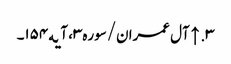
۳. ↑ آل عمران/سوره۳، آیه۱۵۴۔